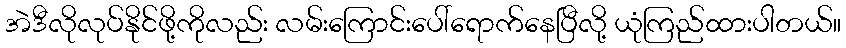
အဲဒီလိုလုပ်နိုင်ဖို့ကိုလည်း လမ်းကြောင်းပေါ်ရောက်နေပြီလို့ ယုံကြည်ထားပါတယ်။